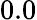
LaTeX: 0.0